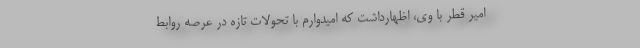
امیر قطر با وی، اظهارداشت که امیدوارم با تحولات تازه در عرصه روابط